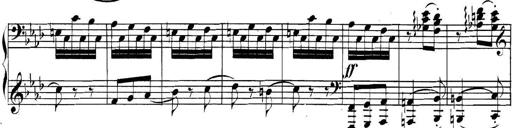
Title: Collected Piano Sonatas
Composer: Muzio Clementi